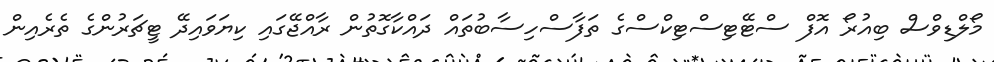
މޯލްޑިވްސް ބިއުރޯ އޮފް ސްޓޭޓިސްޓިކްސްގެ ތަފާސްހިސާބުތައް ދައްކާގޮތުން ރާއްޖޭގައި ކިޔަވައިދޭ ޓީޗަރުންގެ ތެރެއިން